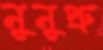
নুনুপ্রু